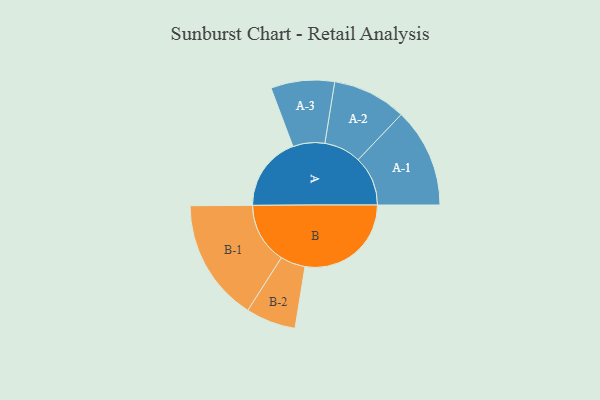
{"axis": {"x": "Segment", "y": "Value"}, "legend": ["", "A", "B"], "data": [{"x": "A", "y": 305, "type": ""}, {"x": "B", "y": 434, "type": ""}, {"x": "A-1", "y": 203, "type": "A"}, {"x": "A-2", "y": 151, "type": "A"}, {"x": "A-3", "y": 130, "type": "A"}, {"x": "B-1", "y": 250, "type": "B"}, {"x": "B-2", "y": 102, "type": "B"}]}